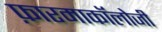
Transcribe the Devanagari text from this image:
फ़ारमाकॉलोजी